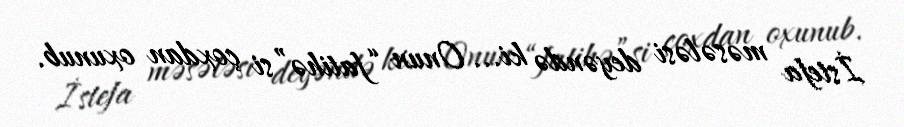
İstefa məsələsi deyəndə ki... Onun “fatihə”si çoxdan oxunub.